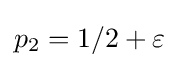
p_{2}=1/2+\varepsilon